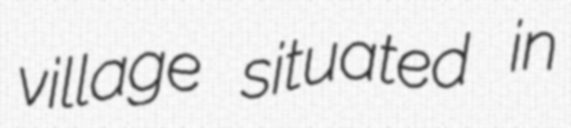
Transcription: village situated in